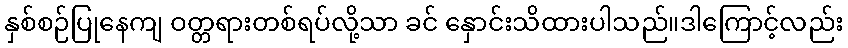
နှစ်စဉ်ပြုနေကျ ဝတ္တရားတစ်ရပ်လို့သာ ခင် နှောင်းသိထားပါသည်။ဒါကြောင့်လည်း